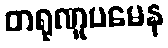
တရုဏူပမေန